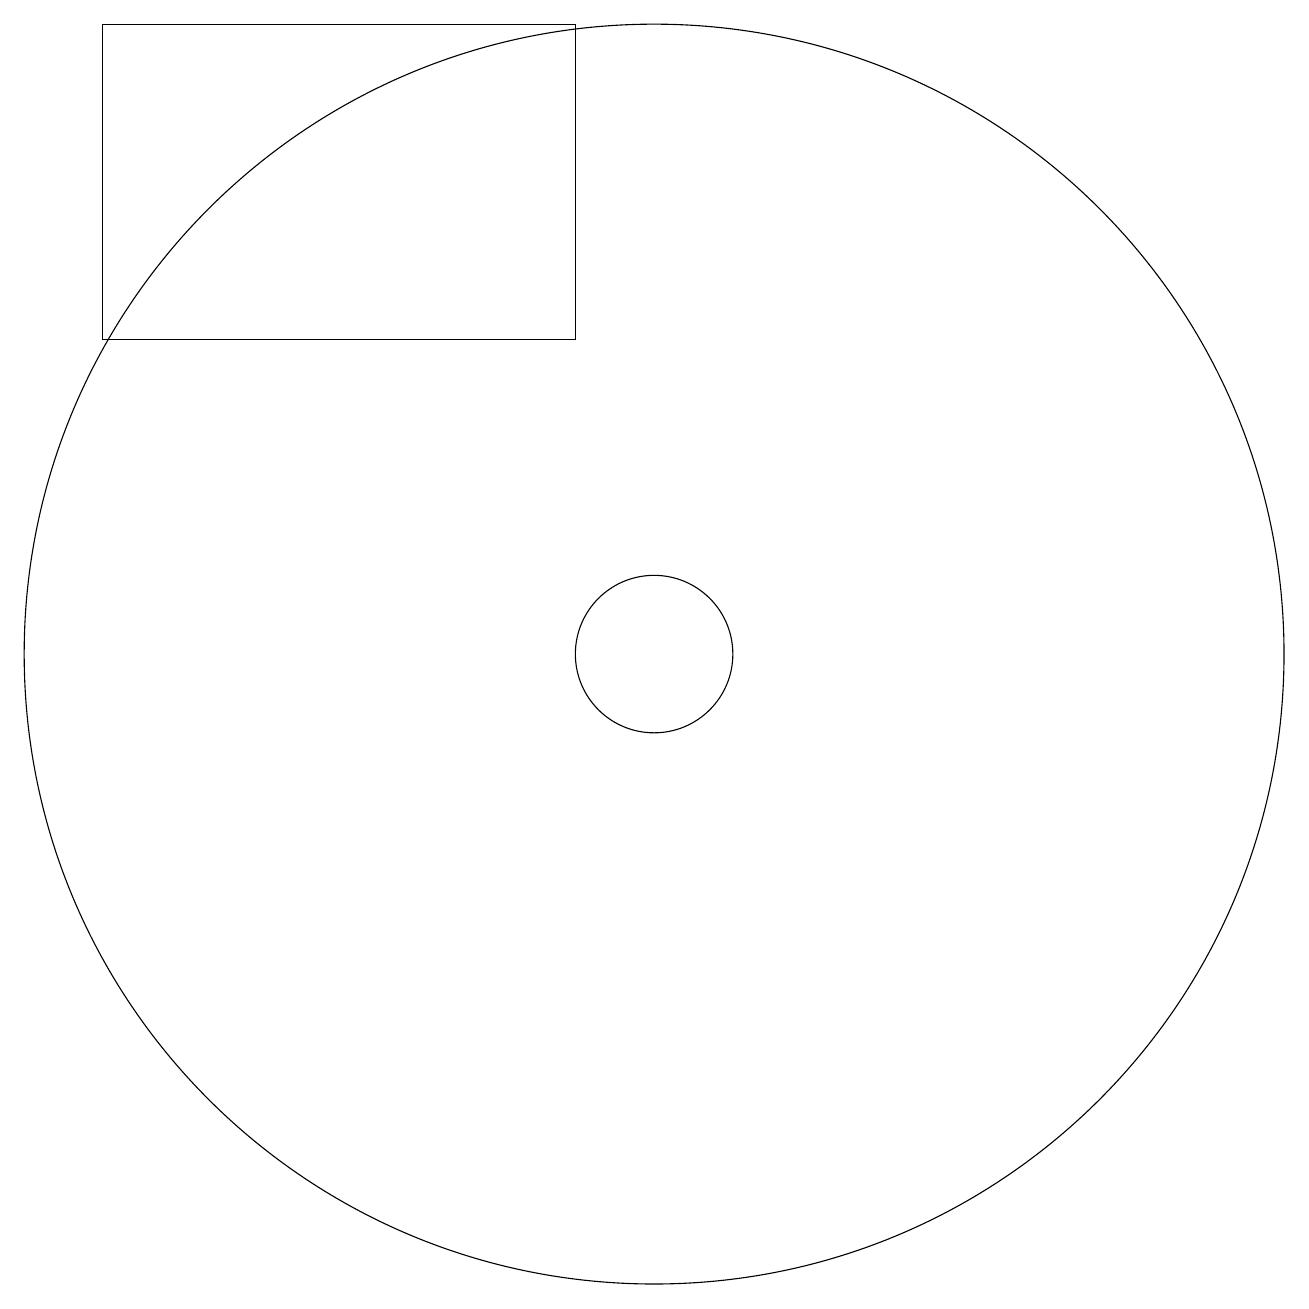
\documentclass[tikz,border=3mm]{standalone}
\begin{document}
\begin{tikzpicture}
\draw (3,15) rectangle (9,19);
\draw (10,11) circle (1);
\draw (10,11) circle (8);
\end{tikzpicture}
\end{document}